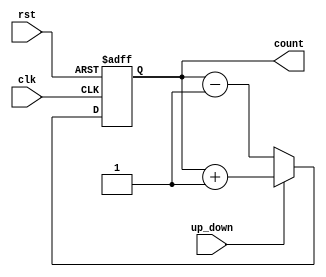
module up_down_counter (
    input wire clk,          // Clock signal
    input wire rst,          // Asynchronous reset signal
    input wire up_down,      // Control signal for counting direction
    output reg [3:0] count   // 4-bit binary count output
);

    // Asynchronous reset and counting logic
    always @(posedge clk or posedge rst) begin
        if (rst) begin
            count <= 4'b0000; // Reset count to 0
        end else begin
            if (up_down) begin
                // Count up
                count <= count + 1;
            end else begin
                // Count down
                count <= count - 1;
            end
        end
    end

endmodule